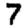
Digit: 7